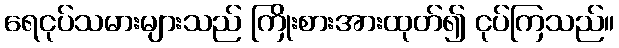
ရေငုပ်သမားများသည် ကြိုးစားအားထုတ်၍ ငုပ်ကြသည်။